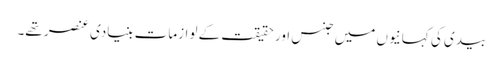
بیدی کی کہانیوں میں جنس اور حقیقت کے لوازمات بنیادی عنصر تھے۔